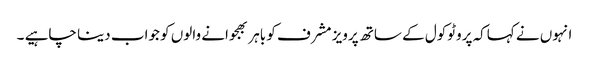
انہوں نے کہاکہ پروٹوکول کے ساتھ پرویز مشرف کو باہر بھجوانے والوں کو جواب دینا چاہیے ۔